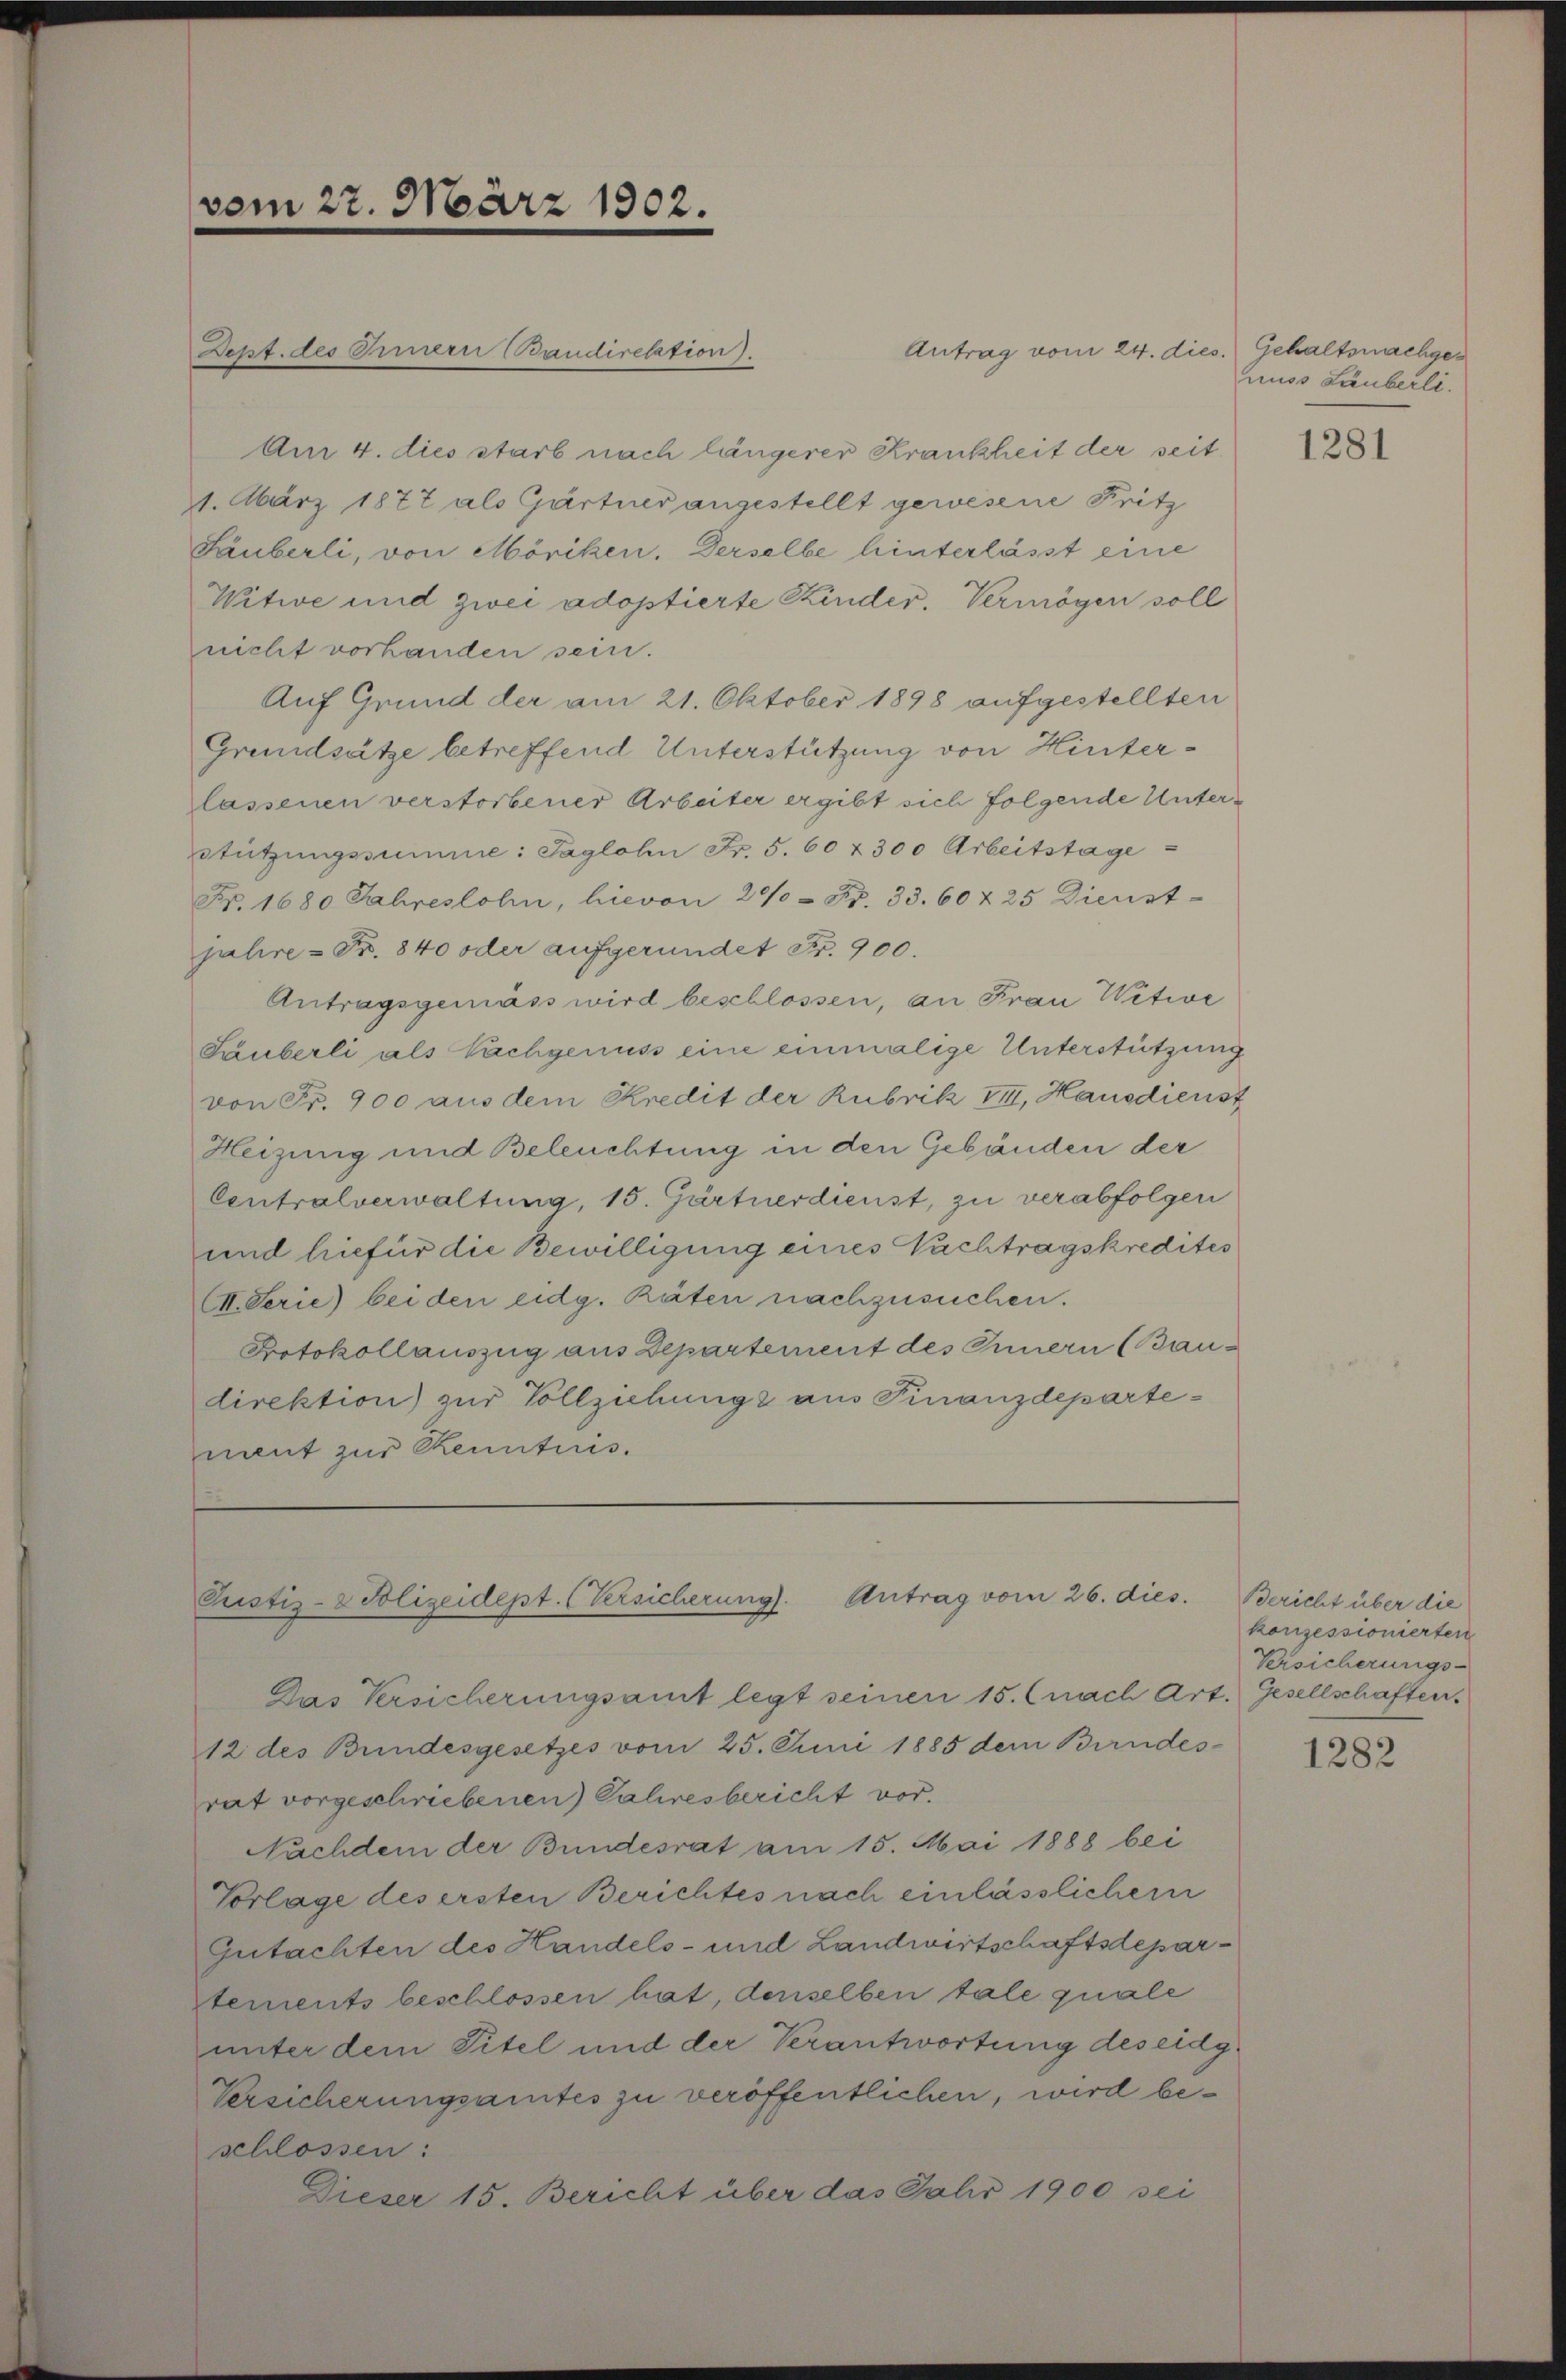
vom 27. März 1902.

Antrag vom 24. dies. Gehaltsnachge¬
Dept. des Innern Baudirelation).
Am 4. dies starb nach längerer Krankheit der seit
11. März 1877 als Gärtner angestellt gewesene Fritz
Säuberli, von Möriken. Derselbe hinterlässt eine
Witwe und zwei adoptierte Kinder. Vermögen soll
nicht vorhanden sein.
Auf Grund der am 21. Oktober 1898 aufgestellten
Grundsätze betreffend Unterstützung von Hinterlassenen verstorbener Arbeiter ergibt sich folgende Unter¬
Stützŭngssumme: Taglohn Fr. 5. 60 & 300 Arbeitstage
Fr. 1680 Jahreslohn, hievon 200 - Fr. 33. 60 & 25 Dienst-
jahre - Fr. 840 oder aufgeründet Fr. 900.
Antragsgemäss wird beschlossen, an Frau Witwe
Lauberli als Nachgenuss eine einmalige Unterstützung
von Fr. 900 aus dem Kredit der Rubrik III, Hausdienst
Heizung und Beleuchtung in den Gebäuden der
Contralverwaltung, 15. Gärtnerdienst, zu verabfolgen
und hiefür die Bewilligung eines Nachtragskredites
VII. Serie) bei den eidg. Räten nachzusuchen.
Protokollauszug aus Departement des Innern (Baudirektion) zur Vollziehungs aus Finanzdepartement zur Renntnis.

Pustiz- & Polizeidept. (Versicherung. Antrag vom 26. dies

Das Versicherungsamt legt seinen 15. (nach Art. Gesellschaften.
12 des Bundesgesetzes vom 25. Juni 1885 dem Bundes-
rat vorgeschriebenen Caliresbericht vor.
Nachdem der Bundesrat am 15. Mai 1888 bei
Vorlage des ersten Berichtes nach einlässlicher
Gutachten des Handels- und Landwirtschaftsdeparstements beschlossen hat, denselben tale quale
unter dem Titel und der Verantwortung des eidg¬
Versicherungsamtes zu veröffentlichen, wird beschlossen:
Dieser 15. Bericht über das Jahr 1900 sei

nuss Läuberli.

1281

Bericht über die
konzessionierten
Versicherungs-

1282